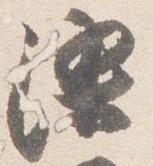
染